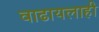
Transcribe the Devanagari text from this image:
वाढायलाही